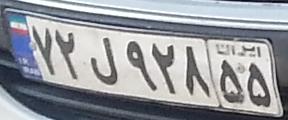
۷۲ل۹۲۸۵۵